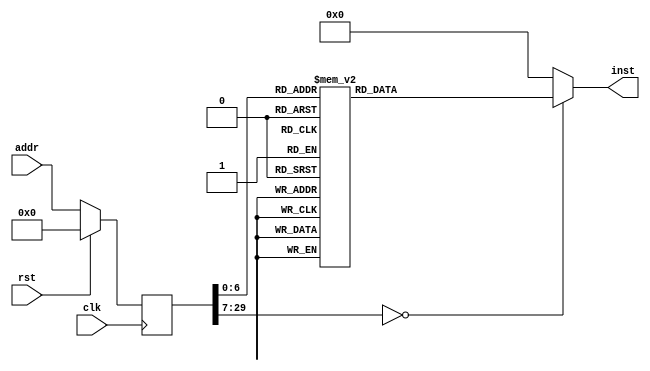
module example(input clk, input rst, input [29:0] addr, output reg [31:0] inst);
reg [29:0] addr_r;
always @(posedge clk)
begin
addr_r <= (rst) ? (30'b0) : (addr);
end
always @(*)
begin
case(addr_r)
30'h00000000: inst = 32'h3c1d1000;
30'h00000001: inst = 32'h0c000003;
30'h00000002: inst = 32'h37bd0100;
30'h00000003: inst = 32'h27bdffe0;
30'h00000004: inst = 32'hafbe0018;
30'h00000005: inst = 32'h03a0f021;
30'h00000006: inst = 32'h24020064;
30'h00000007: inst = 32'hafc20014;
30'h00000008: inst = 32'h8fc20014;
30'h00000009: inst = 32'h00000000;
30'h0000000a: inst = 32'h244201f4;
30'h0000000b: inst = 32'hafc20010;
30'h0000000c: inst = 32'h240203e8;
30'h0000000d: inst = 32'hafc2000c;
30'h0000000e: inst = 32'h8fc2000c;
30'h0000000f: inst = 32'h00000000;
30'h00000010: inst = 32'h00021027;
30'h00000011: inst = 32'hafc20008;
30'h00000012: inst = 32'h3c021000;
30'h00000013: inst = 32'h2442011c;
30'h00000014: inst = 32'h90420003;
30'h00000015: inst = 32'h00000000;
30'h00000016: inst = 32'ha3c20004;
30'h00000017: inst = 32'h3c021000;
30'h00000018: inst = 32'h2443011c;
30'h00000019: inst = 32'h24020042;
30'h0000001a: inst = 32'ha0620004;
30'h0000001b: inst = 32'h3c021000;
30'h0000001c: inst = 32'h2443011c;
30'h0000001d: inst = 32'h24020043;
30'h0000001e: inst = 32'ha0620005;
30'h0000001f: inst = 32'h3c021000;
30'h00000020: inst = 32'h2443011c;
30'h00000021: inst = 32'h24020044;
30'h00000022: inst = 32'ha0620006;
30'h00000023: inst = 32'h3c021000;
30'h00000024: inst = 32'h2443011c;
30'h00000025: inst = 32'h24020045;
30'h00000026: inst = 32'ha0620007;
30'h00000027: inst = 32'h3c021000;
30'h00000028: inst = 32'h2442011c;
30'h00000029: inst = 32'h90420004;
30'h0000002a: inst = 32'h00000000;
30'h0000002b: inst = 32'ha3c20003;
30'h0000002c: inst = 32'h3c021000;
30'h0000002d: inst = 32'h2442011c;
30'h0000002e: inst = 32'h90420005;
30'h0000002f: inst = 32'h00000000;
30'h00000030: inst = 32'ha3c20002;
30'h00000031: inst = 32'h3c021000;
30'h00000032: inst = 32'h2442011c;
30'h00000033: inst = 32'h90420006;
30'h00000034: inst = 32'h00000000;
30'h00000035: inst = 32'ha3c20001;
30'h00000036: inst = 32'h3c021000;
30'h00000037: inst = 32'h2442011c;
30'h00000038: inst = 32'h90420007;
30'h00000039: inst = 32'h00000000;
30'h0000003a: inst = 32'ha3c20000;
30'h0000003b: inst = 32'h8fc20010;
30'h0000003c: inst = 32'h03c0e821;
30'h0000003d: inst = 32'h8fbe0018;
30'h0000003e: inst = 32'h27bd0020;
30'h0000003f: inst = 32'h03e00008;
30'h00000040: inst = 32'h00000000;
30'h00000041: inst = 32'h00000003;
30'h00000042: inst = 32'h00000002;
30'h00000043: inst = 32'h00000004;
30'h00000044: inst = 32'h00000017;
30'h00000045: inst = 32'h00000020;
30'h00000046: inst = 32'h00000001;
30'h00000047: inst = 32'h48454c4c;
30'h00000048: inst = 32'h4f20574f;
30'h00000049: inst = 32'h524c4421;
30'h0000004a: inst = 32'h21000000;
default:      inst = 32'h00000000;
endcase
end
endmodule